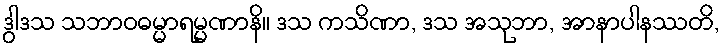
ဒွါဒသ သဘာဝဓမ္မာရမ္မဏာနိ။ ဒသ ကသိဏာ, ဒသ အသုဘာ, အာနာပါနဿတိ,